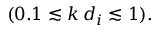
( 0 . 1 \lesssim k \, d _ { i } \lesssim 1 ) .